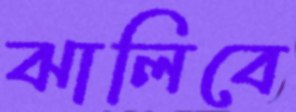
ঝালিবে